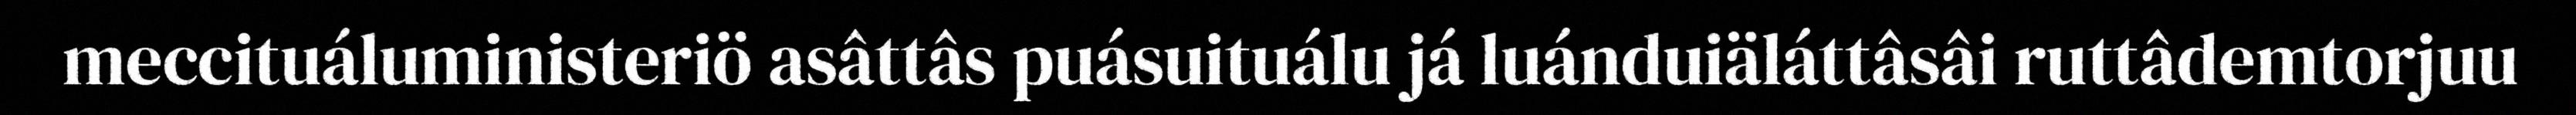
meccituáluministeriö asâttâs puásuituálu já luánduiäláttâsâi ruttâdemtorjuu